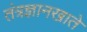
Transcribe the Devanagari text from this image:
तंत्रज्ञानखाते